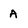
Character: A